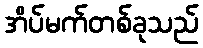
အိပ်မက်တစ်ခုသည်